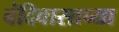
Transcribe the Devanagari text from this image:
बंदिवासाच्या